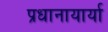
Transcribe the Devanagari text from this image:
प्रधानायार्या